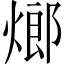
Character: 𤍎